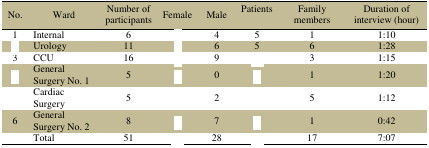
<table><thead><tr><td><b>No.</b></td><td><b>Ward</b></td><td><b>Number of participants</b></td><td><b>Female</b></td><td><b>Male</b></td><td><b>Patients</b></td><td><b>Family members</b></td><td><b>Duration of interview (hour)</b></td></tr></thead><tbody><tr><td>1</td><td>Internal</td><td>6</td><td>[EMPTY_CELL]</td><td>4</td><td>5</td><td>1</td><td>1:10</td></tr><tr><td>[EMPTY_CELL]</td><td>Urology</td><td>11</td><td>[EMPTY_CELL]</td><td>6</td><td>5</td><td>6</td><td>1:28</td></tr><tr><td>3</td><td>CCU</td><td>16</td><td>[EMPTY_CELL]</td><td>9</td><td>[EMPTY_CELL]</td><td>3</td><td>1:15</td></tr><tr><td>[EMPTY_CELL]</td><td>General Surgery No. 1</td><td>5</td><td>[EMPTY_CELL]</td><td>0</td><td>[EMPTY_CELL]</td><td>1</td><td>1:20</td></tr><tr><td>[EMPTY_CELL]</td><td>Cardiac Surgery</td><td>5</td><td>[EMPTY_CELL]</td><td>2</td><td>[EMPTY_CELL]</td><td>5</td><td>1:12</td></tr><tr><td>6</td><td>General Surgery No. 2</td><td>8</td><td>[EMPTY_CELL]</td><td>7</td><td>[EMPTY_CELL]</td><td>1</td><td>0:42</td></tr><tr><td>[EMPTY_CELL]</td><td>Total</td><td>51</td><td>[EMPTY_CELL]</td><td>28</td><td>[EMPTY_CELL]</td><td>17</td><td>7:07</td></tr></tbody></table>